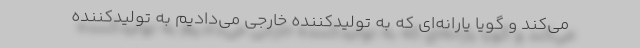
می‌کند و گویا یارانه‌ای که به تولیدکننده خارجی می‌دادیم به تولیدکننده